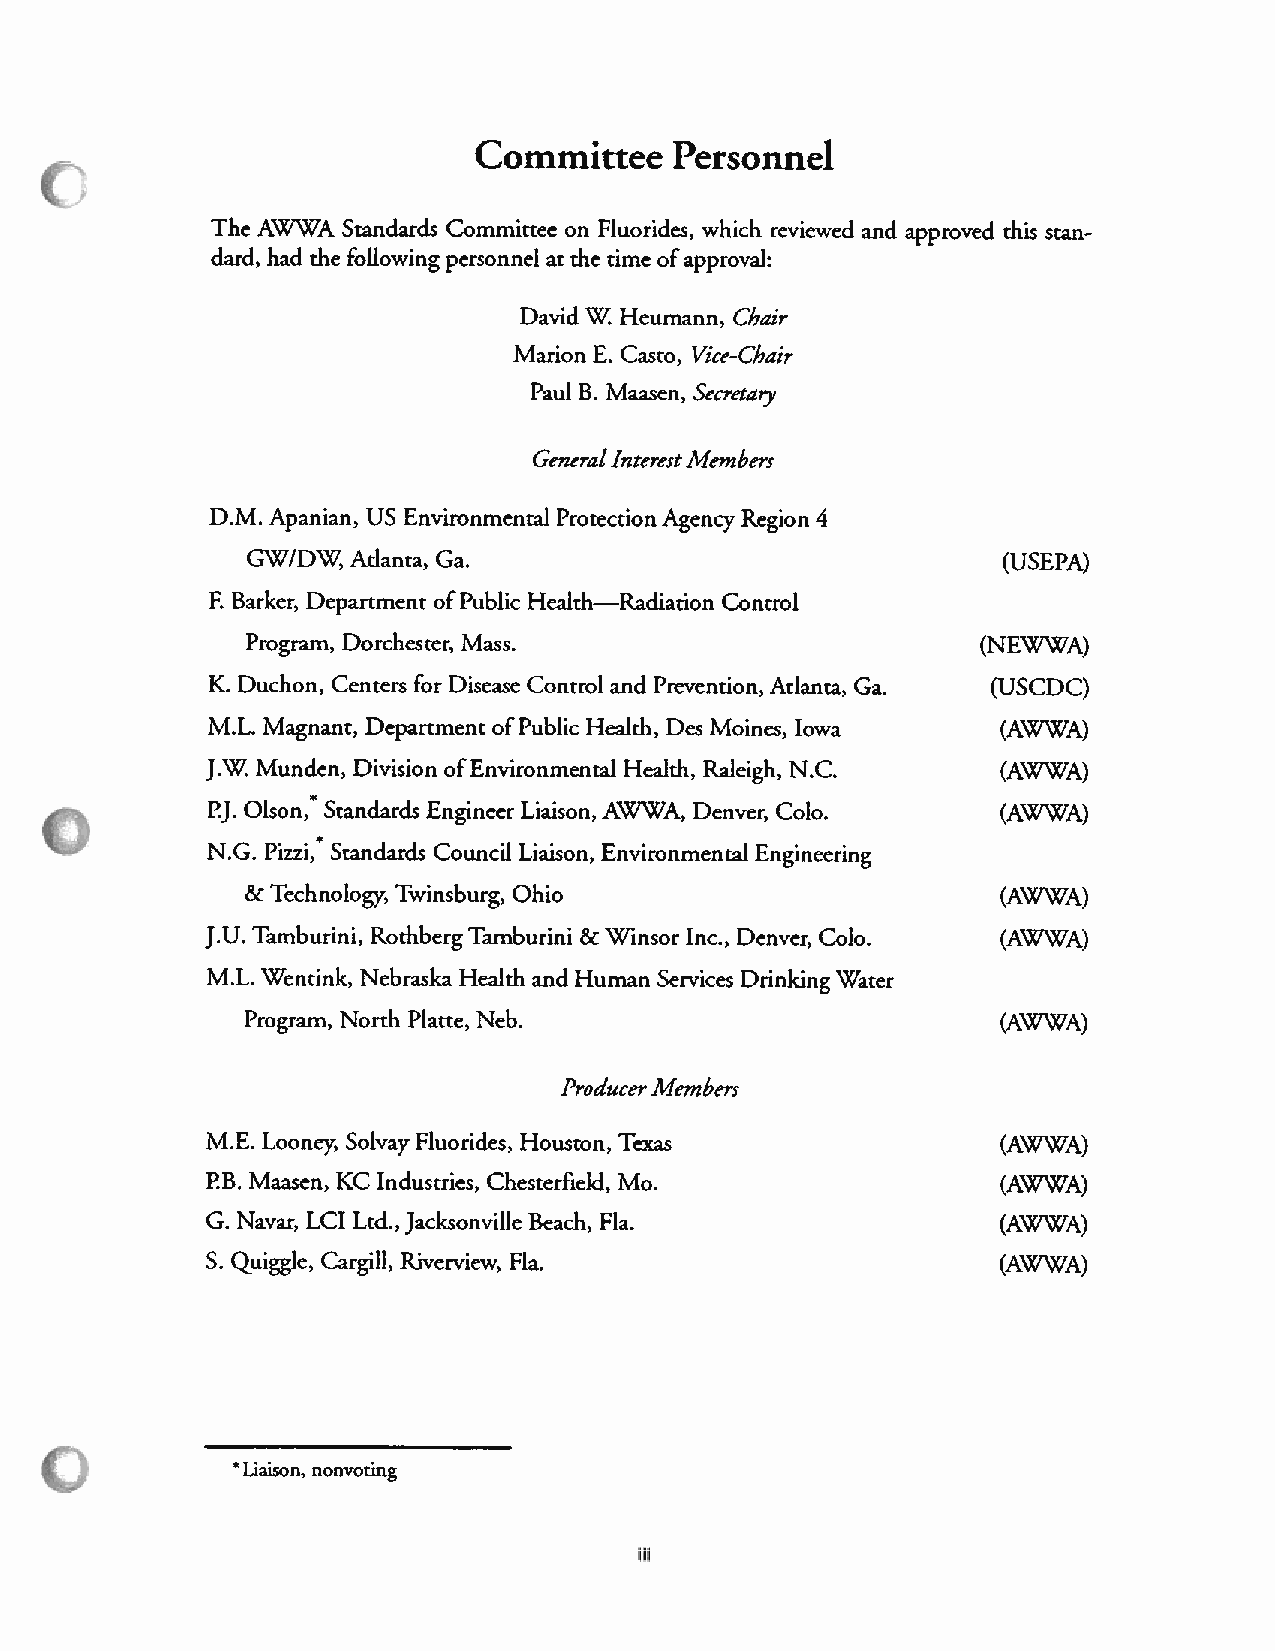
Committee    Personnel
 The AWWA Standards Committee on Fluorides, which reviewed and approved this stan
 dard, had the following personnel at the time ofapproval:
 David W. Heumann, Chair
 Marion E. Ca.sto, Vice-Chair
 Paul B. Maasen, Secretaiy
 GeneralInterestMembers
 D.M. Apanian, US Environmental Protection Agency Region 4
 GW/DW, Atlanta, Ga.                               (USEPA)
 F. Barker, Department ofPublic Health—Radiation Control
 Program, Dorchester, Mass.                       (NEWWA)
 K. Duchon, Centers for Disease Control and Prevention, Atlanta. Ga. (USCDC)
 ?vI.L. Magnant, Department ofPublic Health, Des Moines, Iowa (A\VW4)
 J.W. Munden, Division ofEnvironmental Health, Raleigh, N.C. AWWA)
 P.J. Otlson, Standards Engineer Liaison, AWWA, Denver, Cob. (AWWA)
 N.G. Pizzi. Standards Council Liaison, Environmental Engineering
 & Technology, Twinsburg, Ohio                     (AWWA)
 J.U. Tamburini, Rothberg Tamburini & Winsor Inc., Denver, Cob. (AWWA)
 M.L. Wentink, Nebraska Health and Human Services Drinking Water
 Program, North Platte, Neb.                       (AWWA)
 ProducerMembers
 M.E. Looney, Solvay Fluorides, Houston, Texas       (AWWA)
 PB. Maasen, KC Industries, Chesterfield, Mo.        (AWWA)
 G. Navar, LCI Ltd., Jacksonville Beach, Fla.        AWA)
 S. Quiggle, Cargill, Riverview, Fla.                (A\XWA)
 *Liaison, nonvoting